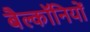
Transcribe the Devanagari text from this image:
बैल्कॉनियों